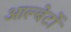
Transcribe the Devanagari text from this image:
आल्बेर्टो